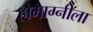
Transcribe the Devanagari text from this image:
होमाग्नीला